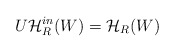
\begin{align*}U\mathcal{H}_{R}^{in}(W)=\mathcal{H}_{R}(W) \end{align*}